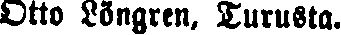
Otto Löngren, Turusta.